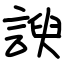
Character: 諛